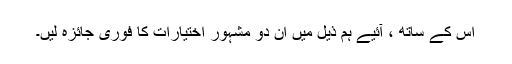
اس کے ساتھ ، آئیے ہم ذیل میں ان دو مشہور اختیارات کا فوری جائزہ لیں۔